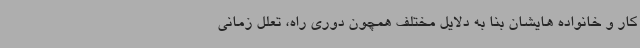
کار و خانواده هایشان بنا به دلایل مختلف همچون دوری راه، تعلل زمانی